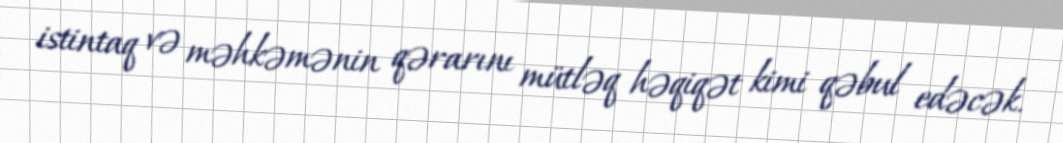
istintaq və məhkəmənin qərarını mütləq həqiqət kimi qəbul edəcək.